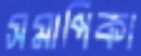
সমাপিকা